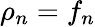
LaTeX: \rho_{n}=f_{n}